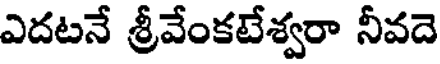
ఎదటనే శ్రీవేంకటేశ్వరా నీవదె